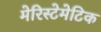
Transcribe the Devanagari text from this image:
मेरिस्टेमेटिक